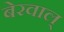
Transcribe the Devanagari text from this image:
बेरवाल्